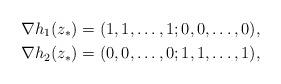
LaTeX: \begin{align*} \nabla h_1(z_*)=(1,1,\ldots,1;0,0,\ldots,0),\\ \nabla h_2(z_*)=(0,0,\ldots,0;1,1,\ldots,1),\end{align*}